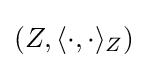
\left(Z,\langle \cdot ,\cdot \rangle _{Z}\right)